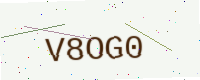
Text: V8OG0